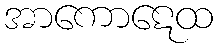
အာကောဋေထ